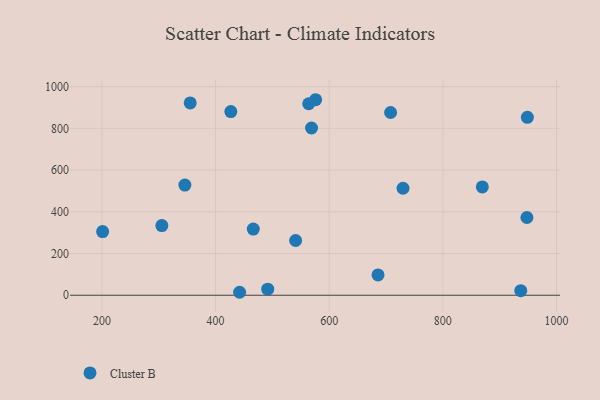
{"axis": {"x": "Price", "y": "Demand"}, "legend": ["Cluster B"], "data": [{"x": "540.9", "y": 262.4, "type": "Cluster B"}, {"x": "442.3", "y": 14.2, "type": "Cluster B"}, {"x": "355.4", "y": 922.1, "type": "Cluster B"}, {"x": "466.4", "y": 317.4, "type": "Cluster B"}, {"x": "491.8", "y": 28.9, "type": "Cluster B"}, {"x": "305.5", "y": 334.2, "type": "Cluster B"}, {"x": "346.0", "y": 528.1, "type": "Cluster B"}, {"x": "563.9", "y": 918.3, "type": "Cluster B"}, {"x": "937.1", "y": 21.8, "type": "Cluster B"}, {"x": "708.0", "y": 876.2, "type": "Cluster B"}, {"x": "947.9", "y": 372.7, "type": "Cluster B"}, {"x": "426.9", "y": 880.5, "type": "Cluster B"}, {"x": "869.4", "y": 519.2, "type": "Cluster B"}, {"x": "568.9", "y": 802.0, "type": "Cluster B"}, {"x": "729.9", "y": 513.0, "type": "Cluster B"}, {"x": "576.1", "y": 937.5, "type": "Cluster B"}, {"x": "201.3", "y": 305.4, "type": "Cluster B"}, {"x": "948.7", "y": 853.2, "type": "Cluster B"}, {"x": "685.9", "y": 97.5, "type": "Cluster B"}]}